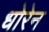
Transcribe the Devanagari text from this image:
धोरेन